Lunatic asylums Madras 1877-1891 - 1877-1891
Year: 1877
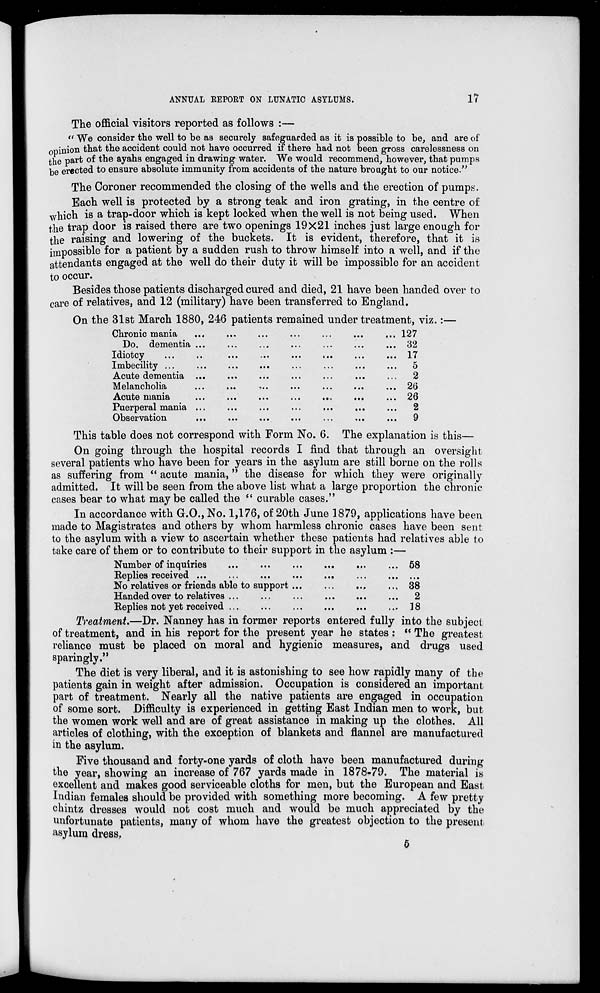
ANNUAL REPORT ON LUNATIC ASYLUMS.
17
The official visitors reported as follows :—
"We consider the well to be as securely safeguarded as it is possible to be, and are of
opinion that the accident could not have occurred if there had not been gross carelessness on
the part of the ayahs engaged in drawing water. We would recommend, however, that pumps
be erected to ensure absolute immunity from accidents of the nature brought to our notice."
The Coroner recommended the closing of the wells and the erection of pumps.
Each well is protected by a strong teak and iron grating, in the centre of
which is a trap-door which is kept locked when the well is not being used. When
the trap door is raised there are two openings 19×21 inches just large enough for
the raising and lowering of the buckets. It is evident, therefore, that it is
impossible for a patient by a sudden rush to throw himself into a well, and if the
attendants engaged at the well do their duty it will be impossible for an accident
to occur.
Besides those patients discharged cured and died, 21 have been handed over to
care of relatives, and 12 (military) have been transferred to England.
On the 31st March 1880, 246 patients remained under treatment, viz.:—
Chronic mania ... ... ... ... ... ... ...
Do. dementia ... ... ... ... ... ... ...
Idiotcy ... ... ... ... ... ... ... ...
Imbecility ... ... ... ... ... ... ... ...
Acute dementia ... ... ... ... ... ... ...
Melancholia ... ... ... ... ... ... ...
Acute mania ... ... ... ... ... ... ...
Puerperal mania ... ... ... ... ... ... ...
Observation ... ... ... ... ... ... ...
127
32
17
5
2
26
26
2
9
This table does not correspond with Form No. 6. The explanation is this—
On going through the hospital records I find that through an oversight
several patients who have been for years in the asylum are still borne on the rolls
as suffering from "acute mania," the disease for which they were originally
admitted. It will be seen from the above list what a large proportion the chronic
cases bear to what may be called the "curable cases."
In accordance with G.O., No. 1,176, of 20th June 1879, applications have been
made to Magistrates and others by whom harmless chronic cases have been sent
to the asylum with a view to ascertain whether these patients had relatives able to
take care of them or to contribute to their support in the asylum :—
Number of inquiries ... ... ... ... ... ...
Replies received ... ... ... ... ... ... ...
No relatives or friends able to support ... ... ... ...
Handed over to relatives ... ... ... ... ... ...
Replies not yet received ... ... ... ... ... ...
58
...
38
2
18
Treatment.—Dr. Nanney has in former reports entered fully into the subject
of treatment, and in his report for the present year he states : "The greatest
reliance must be placed on moral and hygienic measures, and drugs used
sparingly."
The diet is very liberal, and it is astonishing to see how rapidly many of the
patients gain in weight after admission. Occupation is considered an important
part of treatment. Nearly all the native patients are engaged in occupation
of some sort. Difficulty is experienced in getting East Indian men to work, but
the women work well and are of great assistance in making up the clothes. All
articles of clothing, with the exception of blankets and flannel are manufactured
in the asylum.
Five thousand and forty-one yards of cloth have been manufactured during
the year, showing an increase of 767 yards made in 1878-79. The material is
excellent and makes good serviceable cloths for men, but the European and East
Indian females should be provided with something more becoming. A few pretty
chintz dresses would not cost much and would be much appreciated by the
unfortunate patients, many of whom have the greatest objection to the present
asylum dress,
5